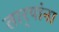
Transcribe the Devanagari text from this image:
तार्‍यांना